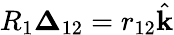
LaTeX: R_{1}\boldsymbol{\Delta}_{12}=r_{12}\hat{\textbf{k}}